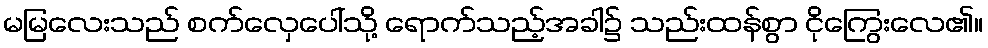
မမြလေးသည် စက်လှေပေါ်သို့ ရောက်သည့်အခါ၌ သည်းထန်စွာ ငိုကြွေးလေ၏။